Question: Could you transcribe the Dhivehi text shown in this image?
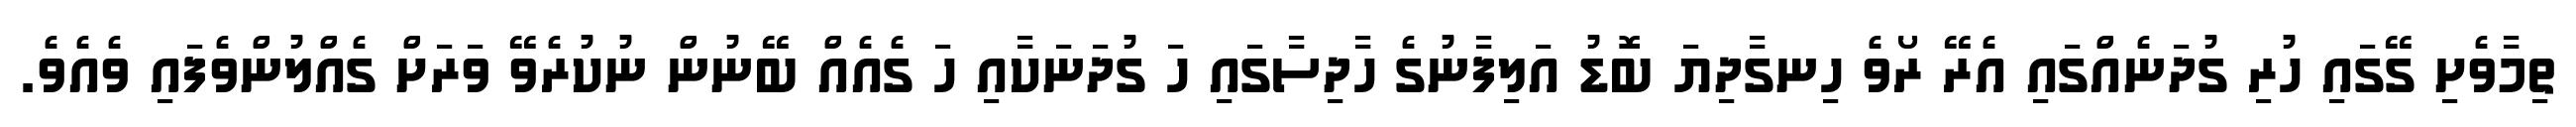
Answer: ތިމާވެށި ގޭގައި ހުރި ގުދަނެއްގައި އެރޭ ރޯވެ ހިނގާދިޔަ ބޮޑު އަލިފާނުގެ ހާދިސާގައި ހަ ގުދަނަކާއި ހަ ގެއެއް ބޭނުން ނުކުރެވޭ ވަރަށް ގެއްލުންވެފައި ވެއެވެ.